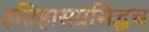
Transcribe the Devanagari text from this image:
इतिहासप्रसिद्धच